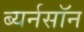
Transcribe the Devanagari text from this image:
ब्यर्नसॉन